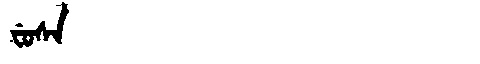
Manchu: ᠸᡠᠰᠠ
Romanization: FUSA